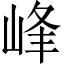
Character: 峰